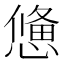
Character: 𢢑